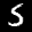
Label: 5